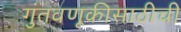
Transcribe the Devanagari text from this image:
गुंतवणूकीसाठीची